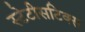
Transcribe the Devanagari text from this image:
स्टेटीसटिक्स